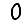
Digit: 0